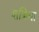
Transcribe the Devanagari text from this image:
शत्रिया